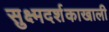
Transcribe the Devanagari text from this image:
सुक्ष्मदर्शकाखाली